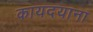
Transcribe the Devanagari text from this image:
कायदयाना